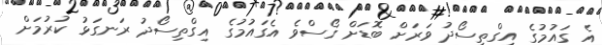
އެ ގައުމުގެ އިގްތިސޯދު ވަރަށް ބޮޑަށް ގޯސްވެ އެގައުމުގެ އިގްތިސޯދު ރަނގަޅު ކުރުމަށް